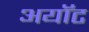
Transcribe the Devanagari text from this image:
अयॉट